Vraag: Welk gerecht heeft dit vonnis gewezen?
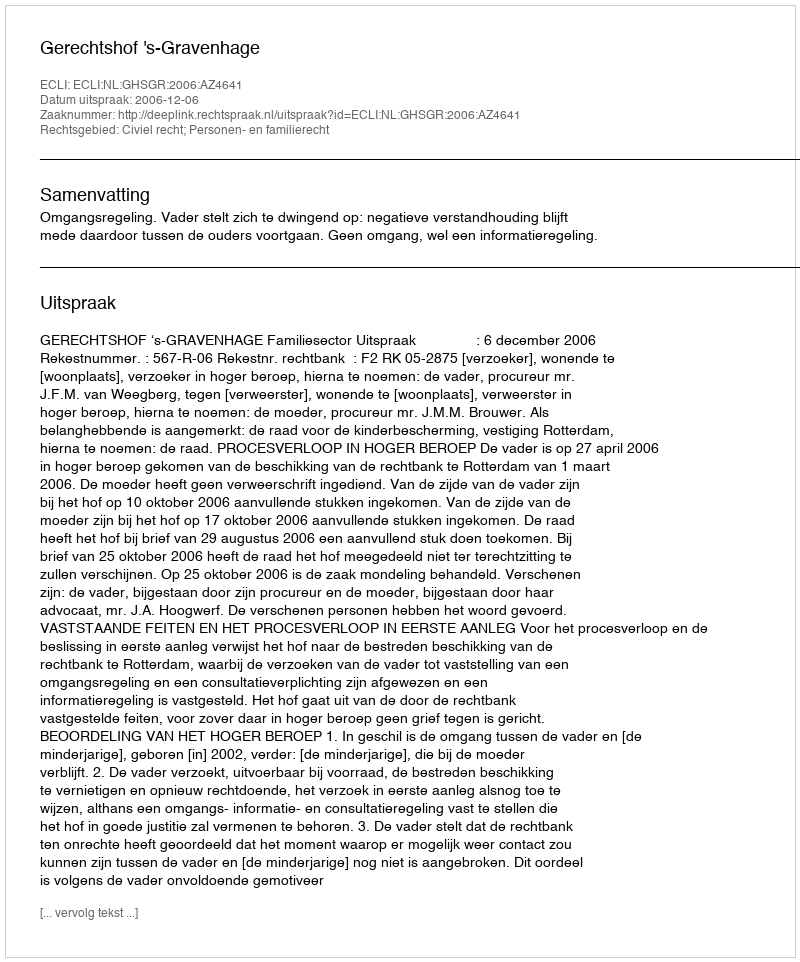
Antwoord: Gerechtshof 's-Gravenhage